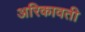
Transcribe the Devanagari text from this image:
अरिकावती